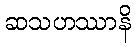
ဆသဟဿာနိ